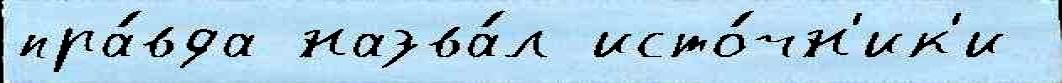
пра́вда назва́л исто́чн'ик'и